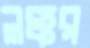
লক্কর